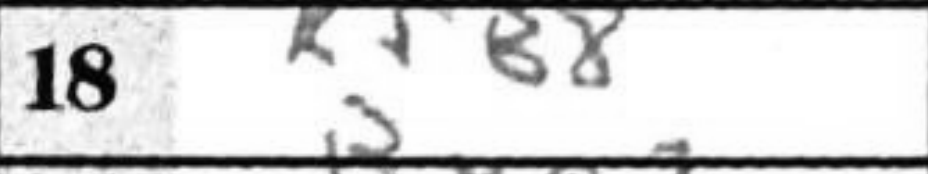
Transcription: RfB8